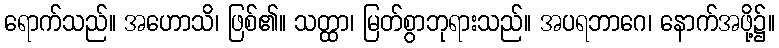
ရောက်သည်။ အဟောသိ၊ ဖြစ်၏။ သတ္ထာ၊ မြတ်စွာဘုရားသည်။ အပရဘာဂေ၊ နောက်အဖို့၌။